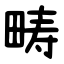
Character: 畴